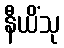
နီယိံသု